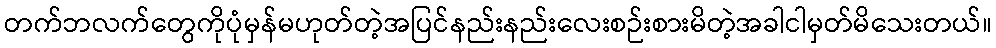
တက်ဘလက်တွေကိုပုံမှန်မဟုတ်တဲ့အပြင်နည်းနည်းလေးစဉ်းစားမိတဲ့အခါငါမှတ်မိသေးတယ်။